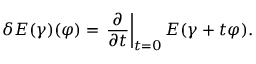
\delta E ( \gamma ) ( \varphi ) = \left. { \frac { \partial } { \partial t } } \right| _ { t = 0 } E ( \gamma + t \varphi ) .